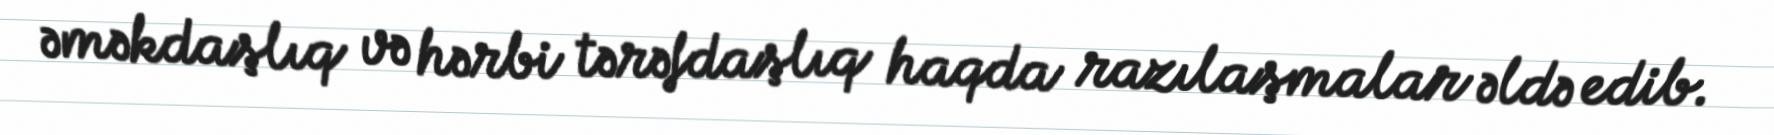
əməkdaşlıq və hərbi tərəfdaşlıq haqda razılaşmalar əldə edib.